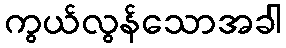
ကွယ်လွန်သောအခါ